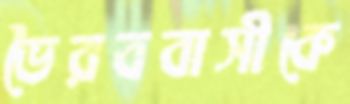
ভৈরববাসীকে